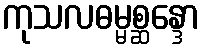
ကုသလဓမ္မစ္ဆန္ဒော